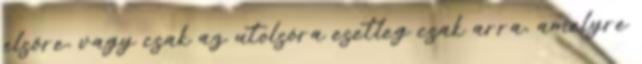
elsőre, vagy csak az utolsóra esetleg csak arra, amelyre